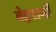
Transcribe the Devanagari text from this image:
बेहरामी